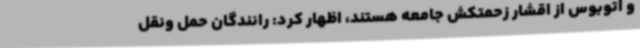
و اتوبوس از اقشار زحمتکش جامعه هستند، اظهار کرد: رانندگان حمل ونقل